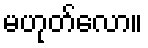
မဟုတ်လော။